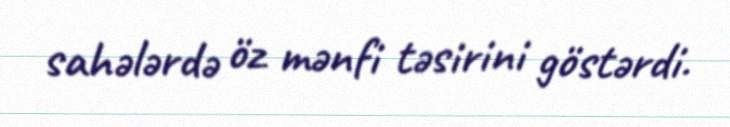
sahələrdə öz mənfi təsirini göstərdi.